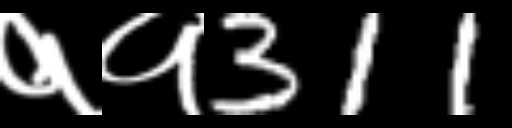
Text: ११311